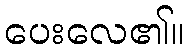
ပေးလေ၏။